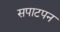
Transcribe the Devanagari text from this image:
सपाटपन